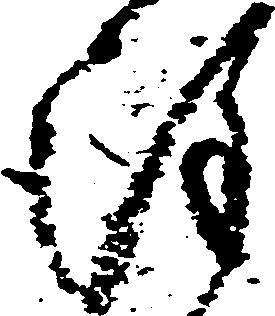
謹